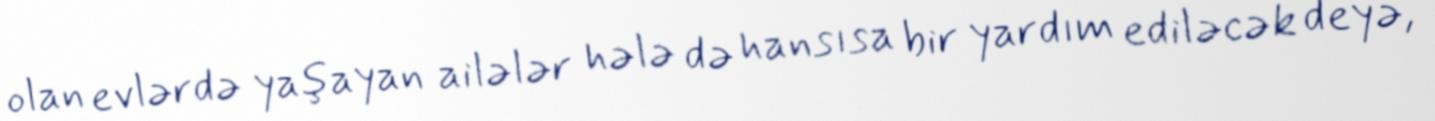
olan evlərdə yaşayan ailələr hələ də hansısa bir yardım ediləcək deyə,